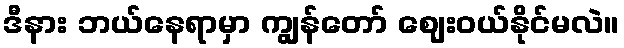
ဒီနား ဘယ်နေရာမှာ ကျွန်တော် ဈေးဝယ်နိုင်မလဲ။